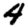
Digit: 4